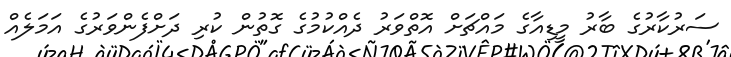
ސަރުކާރުގެ ބާރު މީޑިއާގެ މައްޗަށް އޮތްވަރު ދެއްކުމުގެ ގޮތުން ކުރި ދަށްފެންވަރުގެ އަމަލެއް